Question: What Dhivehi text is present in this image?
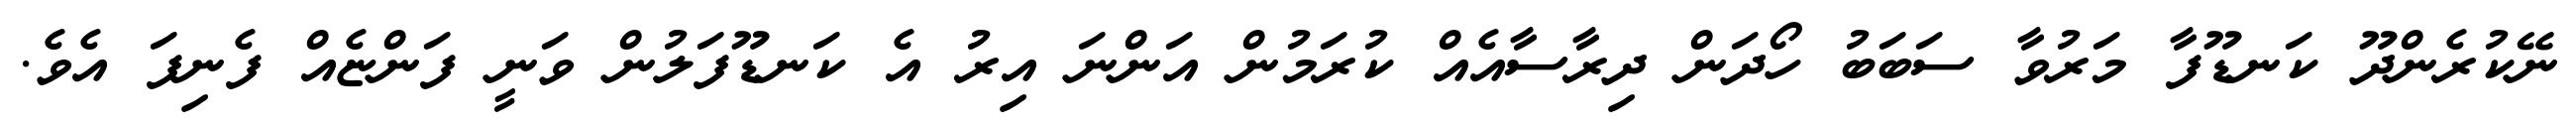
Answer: ނޭކުރެންދޫ ކަނޑޫފާ މަރުވާ ސަބަބު ހޯދަން ދިރާސާއެއް ކުރަމުން އަންނަ އިރު އެ ކަނޑޫފަލުން ވަނީ ފަންޏެއް ފެނިފަ އެވެ.